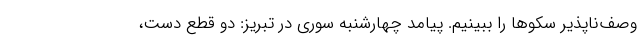
وصف‌ناپذیر سکوها را ببینیم. پیامد چهارشنبه سوری در تبریز: دو قطع دست،